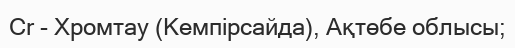
Сr - Хромтау (Кемпірсайда), Ақтөбе облысы;